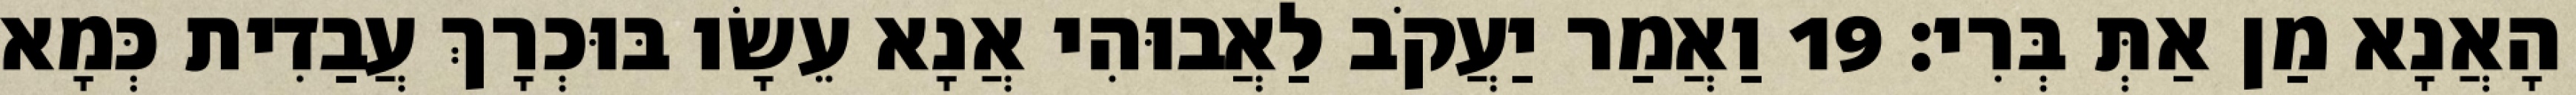
הָאֲנָא מַן אַתְּ בְּרִי׃ 19 וַאֲמַר יַעֲקֹב לַאֲבוּהִי אֲנָא עֵשָׂו בּוּכְרָךְ עֲבַדִית כְּמָא